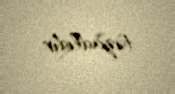
təzadlıdır.